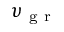
\upsilon _ { \mathrm { ~ g ~ r ~ } }